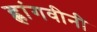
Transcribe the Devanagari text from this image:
ह्लांगवीनी